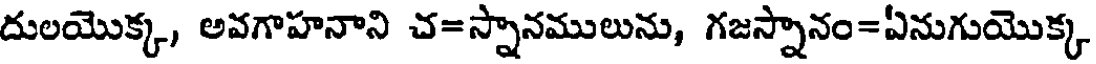
దులయొక్క, అవగాహనాని చ=స్నానములును, గజస్నానం=ఏనుగుయొక్క